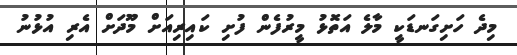
މިދެ ހަށިގަނޑަކީ މާލެ އަތޮޅު މީރުފެން ފުށި ކައިރިއަށް މޫދަށް އެރި އުޅުނު